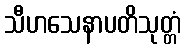
သီဟသေနာပတိသုတ္တံ